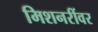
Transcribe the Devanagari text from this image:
मिशनरींवर